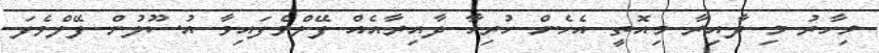
މިހާރު މި ދާއިރާ މިއޮތީ އެހެން ހުރިހާ ދާއިރާއެއް ފޭލްވެފައިވާ އުސޫލުން ފޭލްވެފަ